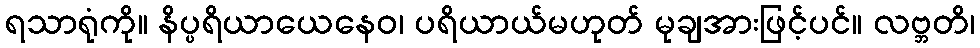
ရသာရုံကို။ နိပ္ပရိယာယေနေဝ၊ ပရိယာယ်မဟုတ် မုချအားဖြင့်ပင်။ လဗ္ဘတိ၊